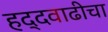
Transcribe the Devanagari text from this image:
हद्दवाढीचा